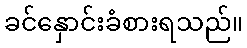
ခင်နှောင်းခံစားရသည်။